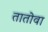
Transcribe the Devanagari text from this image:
तातोवा